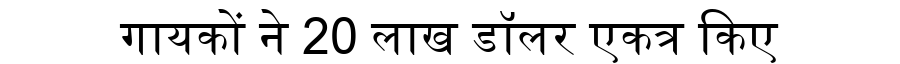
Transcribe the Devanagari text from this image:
गायकों ने 20 लाख डॉलर एकत्र किए